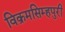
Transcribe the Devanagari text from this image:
विक्रमसिम्‍हपुरी